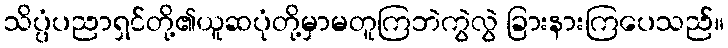
သိပ္ပံပညာရှင်တို့၏ယူဆပုံတို့မှာမတူကြဘဲကွဲလွဲ ခြားနားကြပေသည်။